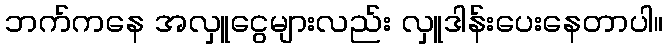
ဘက်ကနေ အလှူငွေများလည်း လှူဒါန်းပေးနေတာပါ။